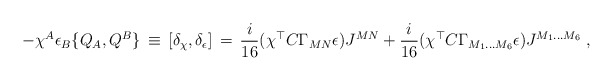
\begin{align*} -\chi^A\epsilon_B \{Q_A,Q^B\}\,\equiv\,[\delta_{\chi},\delta_{\epsilon}]\,=\,\frac{i}{16} (\chi^{\top}C \Gamma_{MN}\epsilon) J^{MN}+\frac{i}{16} (\chi^{\top}C \Gamma_{M_1\ldots M_6}\epsilon)J^{M_1\ldots M_6}\;,\end{align*}